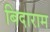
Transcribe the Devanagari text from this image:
बिदाराम